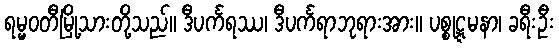
ရမ္မဝတီမြို့သားတို့သည်။ ဒီပင်္ကရဿ၊ ဒီပင်္ကရာဘုရားအား။ ပစ္စုဋ္ဋမနာ၊ ခရီးဦး